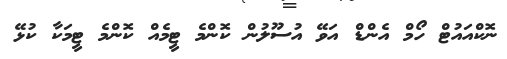
ނޮކްއައުޓް ހޯމް އެންޑް އަވޭ އުސޫލުން ކޮންމެ ޓީމެއް ކޮންމެ ޓީމަކާ ކުޅޭ